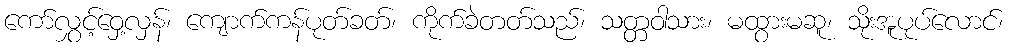
ကော်လွှင့်ဝှေ့လှန်၊ ကျောက်ကန်ပုတ်ခတ်၊ ကိုက်ခဲတတ်သည်၊ သတ္တဝါသား၊ မထွားမဆူ၊ သိုးအူပုပ်လောင်၊